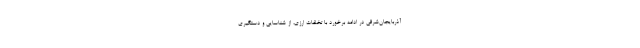
آذربایجان‌شرقی در ادامه برخورد با تخلفات ارزی، از شناسایی و دستگیری